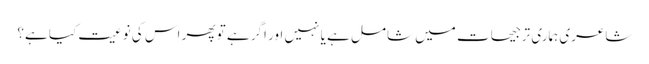
شاعری ہماری ترجیحات میں شامل ہے یا نہیں اور اگر ہے تو پھر اس کی نوعیت کیا ہے؟